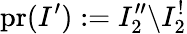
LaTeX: \mathrm{pr}(I^{\prime}):=I_{2}^{\prime\prime}\backslash I_{2}^{!}